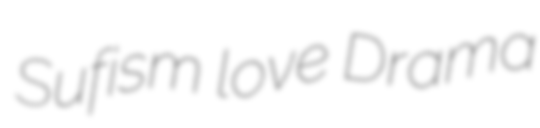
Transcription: Sufism love Drama